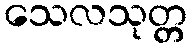
သေလသုတ္တ